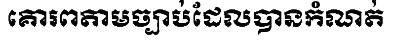
គោរពតាមច្បាប់ដែលបានកំណត់